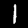
Label: 1